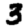
Digit: 3